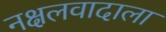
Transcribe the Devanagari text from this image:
नक्षलवादाला